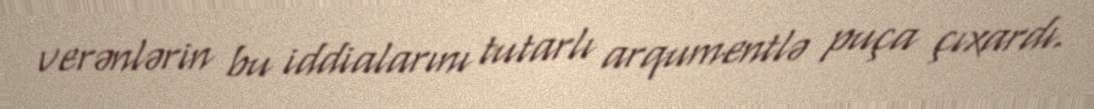
verənlərin bu iddialarını tutarlı arqumentlə puça çıxardı.